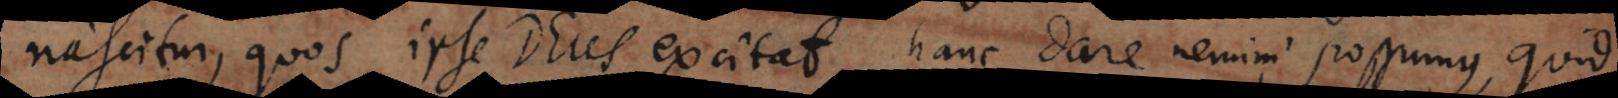
nascitur, quos ipse Deus excitat, hanc dare nemini possumus, quid